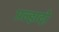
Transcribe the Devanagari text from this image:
प्रल्हादो